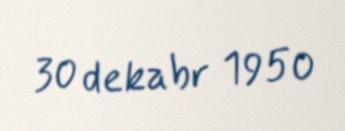
30 dekabr 1950